Report on vaccination in Madras 1922-1929 - 1922-1929
Year: 1922
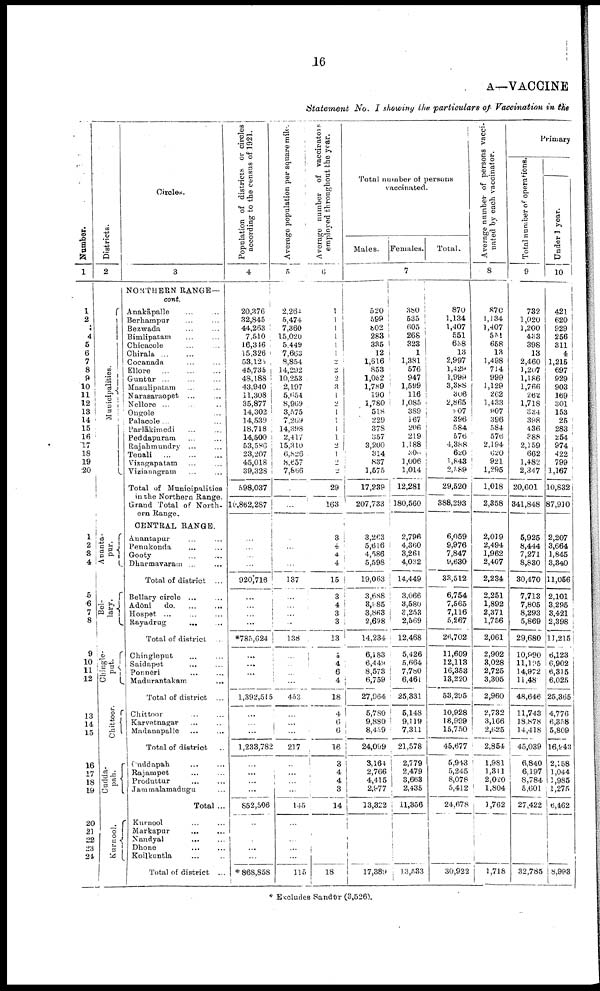
16
A—VACCINE
Statement No. I showing the particulars of Vaccination in the
Number.
1
1
2
3
4
5
6
7
8
9
10
11
12
13
14
15
16
17
18
19
20
1
2
3 4
5
6
7
8
9
10
11
12
13
14
15
16
17
18
19
20
21
22
23
21
Districts.
2
Municipalities.
Ananta¬
pur.
Bel¬
lary.
Chingle¬
put.
Chittoor.
Cudda¬
pah.
Kurnool.
Circles.
3
NORTHERN RANGE—
cont.
Anakāpalle ... ...
Berhampur ... ...
Bezwada ... ...
Bimlipatam ... ...
Chicacole ... ...
Chirala ... ... ...
Cocanada ... ...
Ellore ... ... ...
Guntūr ... … …
Masulipatam … …
Narasaraopet ... …
Nellore ... … …
Ongole … … …
Palacole ... … …
Parlākimedi ... ...
Peddapuram ... ...
Rajahmundry ... ...
Tenali
...
...
...
Vizagapatam ... ...
Vizianagram ... ...
Total of Municipalities
in the Northern Range.
Grand Total of North
ern Range.
CENTRAL RANGE.
Anantapur ... ...
Penukonda ... ...
Gooty
...
...
Dharmavaram ... ...
Total of district ...
Bellary circle ... ...
Adōni
do. ... ...
Hospet ... ... ...
Rayadrug
... ...
Total of district ...
Chingleput ... ...
Saidapet ... ...
Ponnēri … …
Madurantakam
...
Total of district ...
Chittoor … …
Karvetnagar … …
Madanapalle … …
Total of district …
Cuddapah … …
Rajampet … …
Produttur
…
…
Jammalamadugu …
Total ...
Knrnool … …
Markapur … …
Nandyal … …
Dhone … …
Koilkuntla … …
Total of district ...
Population of districts or circles
according to the census of 1921.
4
20,376
32,845
44,263
7,510
16,346
15,326
53,125
45,735
48,188
43,940
11,308
35,877
14,302
14,539
18,718
14,500
53,586
23,207
45,018
39,328
598,037
10,862,287
...
...
...
...
920,716
...
...
...
...
*785,624
...
...
…
…
1,392,515
…
…
…
1,233,782
…
...
…
…
852,506
...
…
…
...
…
* 868,858
Average population per square mile.
5
2,264
5,474
7,360
15,020
5,449
7,663
8,854
14,292
10,253
2,197
5,654
8,969
3,575
7,269
14,398
2,417
15,310
6,826
8,657
7,866
...
...
...
...
...
...
137
...
...
...
...
138
...
...
…
…
453
…
…
...
217
...
…
…
...
145
…
…
…
...
...
115
Average number of vaccination
employed throughout the year.
6
1
1
1
1
1
1
2
2
2
3
1
2
1
1
1
1
2
1
2
2
29
163
3
4
4
4
15
3
4
3
3
13
4
4
6
4
18
4
6
6
16
3
4
4
3
14
18
Total number of persons
vaccinated.
Males.
Females.
Total.
7
520
599
802
283
335
12
1,616
853
1,052
1,789
190
1,780
518
229
378
357
3,200
314
837
1,575
17,289
207,733
3,263
5,616
4,586
5,598
19,063
3,688
3,885
3,863
2,698
14,234
6,183
6,449
8,573
6,759
27,964
5,780
9,880
8,439
24,099
3,164
2,766
4,415
2,977
13,322
17,389
380
535
605
268
323
1
1,381
576
947
1,599
116
1,085
389
167
206
219
1,188
306
1,006
1,014
12,281
180,560
2,796
4,360
3,261.
4,032
14,449
3,066
3,580
3,253
2,569
12,468
5,426
5,664
7,780
6,461
25,331
5,148
9,119
7,311
21,578
2,779
2,479
3,663
2,435
11,356
13,533
870
1,134
1,407
551
638
18
2,997
1,429
1,999
3,388
306
2,865
907
396
584
576
4,388
620
1,843
2, 389
29,520
388,293
6,059
9,976
7,847
9,630
33,512
6,754
7,565
7,116
5,267
26,702
11,609
12,113
16,353
13,220
58,295
10,928
18,999
15,750
45,677
5,943
5,245
8,078
5,412
24,678
30,922
Average number of persons vacci
nated by each vaccinator.
8
870
1,134
1,407
551
658
13
1,498
714
999
1,129
262
1,433
807
396
584
576
2,194
620
921
1,295
1,018
2,358
2,019
2,494
1,962
2,407
2,234
2,251
1,892
2,371
1,756
2,061
2,902
3,028
2,725
3,305
2,960
2,732
3,166
2,625
2,854
1,981
1,311
2,020
1,804
1,762
1,718
Primary
Total number of operations.
9
732
1,020
1,200
433
398
13
2,430
1,207
1,186
1,766
262
1,718
334
398
436
388
2,159
662
1,482
2,347
20,601
341,848
5,925
8,444
7,271
8,830
30,470
7,713
7,805
8,293
5,869
29,680
10,990
11,105
14,972
11,48
48,646
11,743
18,878
14,418
45,039
6,840
6,197
8,784
5,601
27,422
32,785
Under 1 year.
10
421
620
929
256
311
4
1,215
697
929
903
169
301
153
25
283
254
974
422
799
1,167
10,832
87,910
2,207
3,664
1,845
3,340
11,056
2,101
3,296
3,421
2,398
11,215
6,123
6,902
6,315
6,025
25,365
4,776
6,358
5,809
16,943
2,158
1,044
1,985
1,275
6,462
8,993
* Excludes Sandūr (3,526).